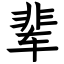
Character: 辈